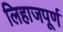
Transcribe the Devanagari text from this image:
लिहाजपूर्ण